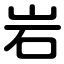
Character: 岩